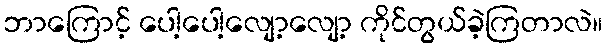
ဘာကြောင့် ပေါ့ပေါ့လျော့လျော့ ကိုင်တွယ်ခဲ့ကြတာလဲ။